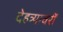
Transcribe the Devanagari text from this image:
देहत्र्यावरीं